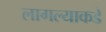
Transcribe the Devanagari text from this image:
लागल्याकडे